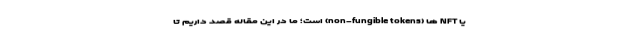
یا NFT ها (non-fungible tokens) است؛ ما در این مقاله قصد داریم تا